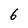
Character: 6